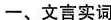
一、文言实词